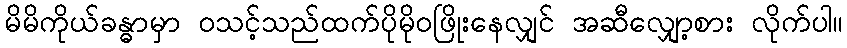
မိမိကိုယ်ခန္ဓာမှာ ဝသင့်သည်ထက်ပိုမိုဝဖြိုးနေလျှင် အဆီလျှော့စား လိုက်ပါ။